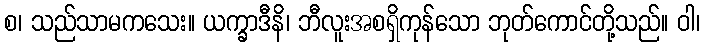
စ၊ သည်သာမကသေး။ ယက္ခာဒီနိ၊ ဘီလူးအစရှိကုန်သော ဘုတ်ကောင်တို့သည်။ ဝါ၊